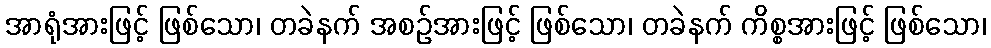
အာရုံအားဖြင့် ဖြစ်သော၊ တခဲနက် အစဉ်အားဖြင့် ဖြစ်သော၊ တခဲနက် ကိစ္စအားဖြင့် ဖြစ်သော၊